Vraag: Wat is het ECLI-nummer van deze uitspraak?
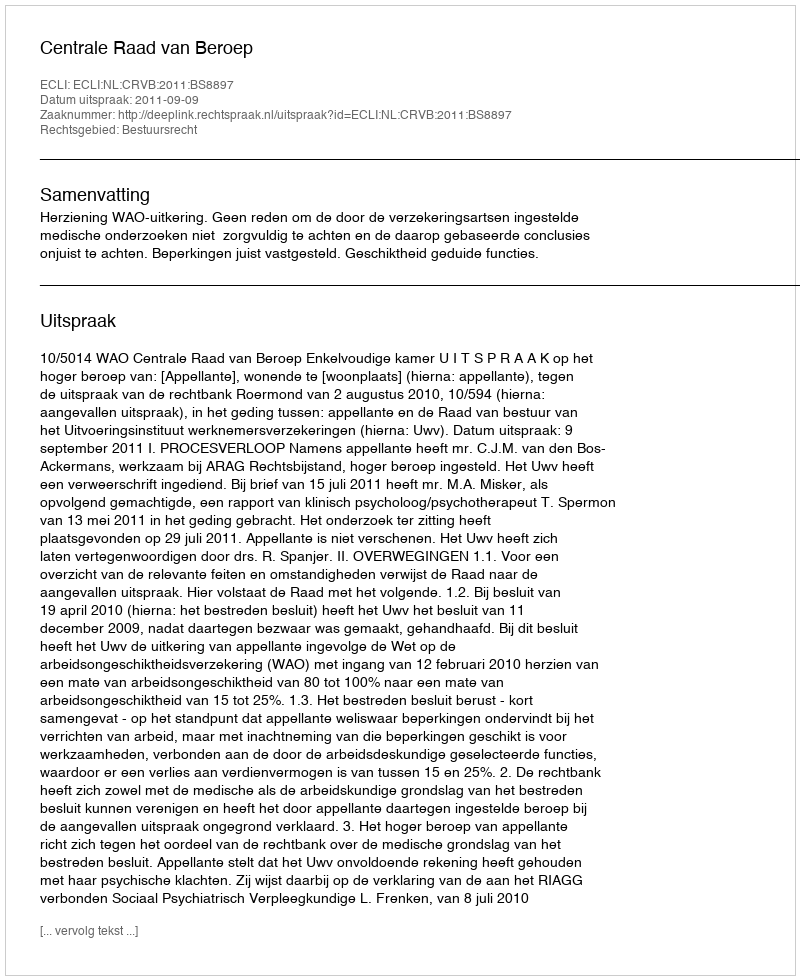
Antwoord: ECLI:NL:CRVB:2011:BS8897